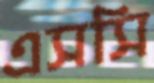
এসসি